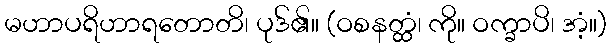
မဟာပရိဟာရတောတိ၊ ပုဒ်၏။ (ဝစနတ္ထံ၊ ကို။ ဝက္ခာပိ၊ အံ့။)